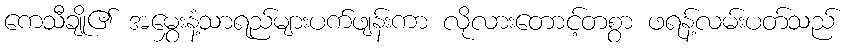
ကေသီချို၏ အမွှေးနံ့သာရည်များပက်ဖျန်းကာ လိုလားတောင့်တစွာ ဖရန့်လမ်းပတ်သည်